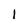
Character: 1